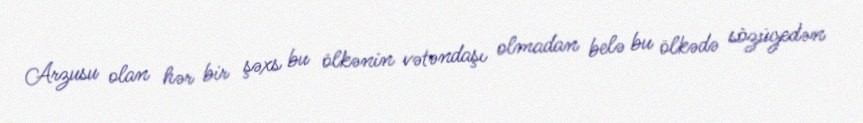
Arzusu olan hər bir şəxs bu ölkənin vətəndaşı olmadan belə bu ölkədə sözügedən